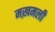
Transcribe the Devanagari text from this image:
मख़मली